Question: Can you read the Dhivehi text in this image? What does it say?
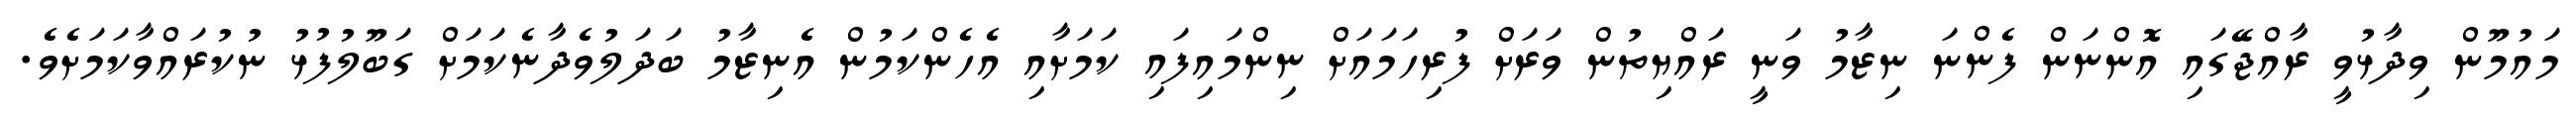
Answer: މައުމޫން ވިދާޅުވީ ރާއްޖޭގައި އޮންނަން ފެންނަ ނިޒާމު ވަނީ ރައްޔިތުން ވަރަށް ފުރިހަމައަށް ނިންމައިފައި ކަމަށާއި އެހެންކަމުން އެނިޒާމު ބަދަލުވެދާނެކަމަށް ގަބޫލުފުޅު ނުކުރައްވާކަމަށެވެ.